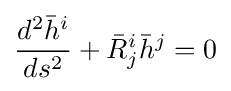
{d^{2}{\bar {h}}^{i} \over ds^{2}}+{\bar {R}}_{j}^{i}{\bar {h}}^{j}=0